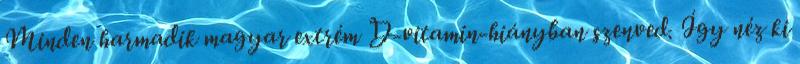
Minden harmadik magyar extrém D-vitamin-hiányban szenved. Így néz ki